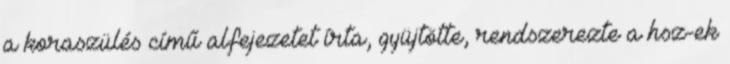
a koraszülés című alfejezetet írta, gyüjtötte, rendszerezte a hsz-ek